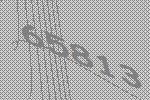
65813